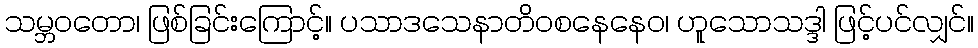
သမ္ဘဝတော၊ ဖြစ်ခြင်းကြောင့်။ ပသာဒသေနာတိဝစနေနေဝ၊ ဟူသောသဒ္ဒါ ဖြင့်ပင်လျှင်။